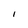
Character: l